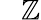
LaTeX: ~~~\mathbb{Z}